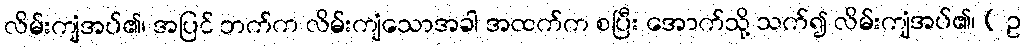
လိမ်းကျံအပ်၏၊ အပြင် ဘက်က လိမ်းကျံသောအခါ အထက်က စပြီး အောက်သို့ သက်၍ လိမ်းကျံအပ်၏၊ ( ဥ